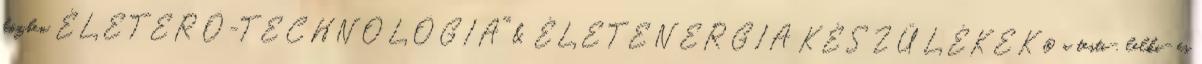
közben ÉLETERŐ-TECHNOLÓGIA™ & ÉLETENERGIA KÉSZÜLÉKEK® a testi-, lelki- és